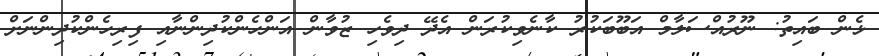
ޅެން ބައިތު: ނޫރުއްސަލާމް އަބޫބަކުރު ކާނެވިކުރަން އެދޭ ދިވެހި ޒުވާން އަންހެންކުދިންނާއި ފިރިހެންކުދިންނަށް